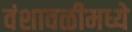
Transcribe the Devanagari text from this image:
वंशावळीमध्ये